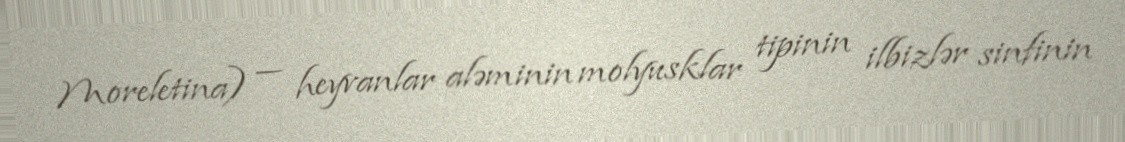
Moreletina) — heyvanlar aləminin molyusklar tipinin i̇lbizlər sinfinin